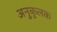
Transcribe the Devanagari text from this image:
अनुकुलक